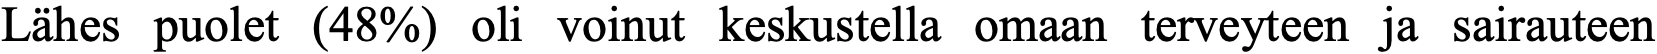
Lähes puolet (48%) oli voinut keskustella omaan terveyteen ja sairauteen